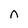
Character: n